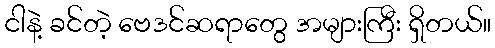
ငါနဲ့ ခင်တဲ့ ဗေဒင်ဆရာတွေ အများကြီး ရှိတယ်။